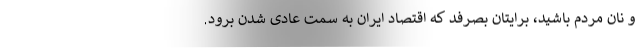
و نان مردم باشید، برایتان بصرفد که اقتصاد ایران به سمت عادی شدن برود.